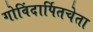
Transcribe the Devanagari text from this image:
गोविंदार्पितचेता